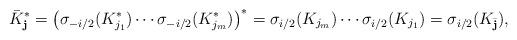
LaTeX: \begin{align*}\bar{K}_\mathbf{j}^*&=\big(\sigma_{-i/2}(K_{j_1}^*)\cdots\sigma_{-i/2}(K_{j_m}^*)\big)^*=\sigma_{i/2}(K_{j_m})\cdots\sigma_{i/2}(K_{j_1})=\sigma_{i/2}(K_{\bar{\mathbf{j}}}),\end{align*}